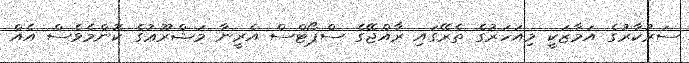
ސަރުކާރުގެ އަމާޒަކީ މިއަހަރުގެ ތެރޭގައި ރާއްޖޭގެ ސްޕޯޓްސް އެރީނާ މަޝްރޫޫޢުގެ ކޮންމެވެސް އެއް